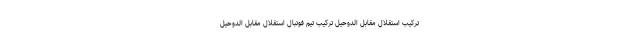
ترکیب استقلال مقابل الدوحیل ترکیب تیم فوتبال استقلال مقابل الدوحیل